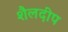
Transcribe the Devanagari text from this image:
शैलदीप